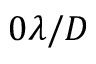
0 \lambda / D